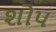
શોપ